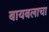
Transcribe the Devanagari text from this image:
बायबलाचा